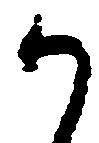
か